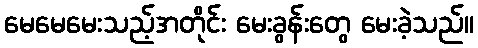
မေမေမေးသည့်အတိုင်း မေးခွန်းတွေ မေးခဲ့သည်။